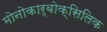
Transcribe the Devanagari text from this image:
मोनोकार्बोक्सिलिक